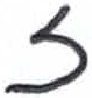
אות: ז